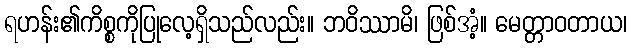
ရဟန်း၏ကိစ္စကိုပြုလေ့ရှိသည်လည်း။ ဘဝိဿာမိ၊ ဖြစ်အံ့။ မေတ္တာဝတာယ၊